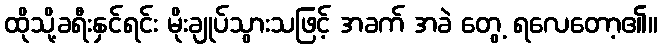
ထိုသို့ခရီးနှင်ရင်း မိုးချုပ်သွားသဖြင့် အခက် အခဲ တွေ့ ရလေတော့၏။